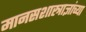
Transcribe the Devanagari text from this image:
मानसशास्त्राज्ञांच्या